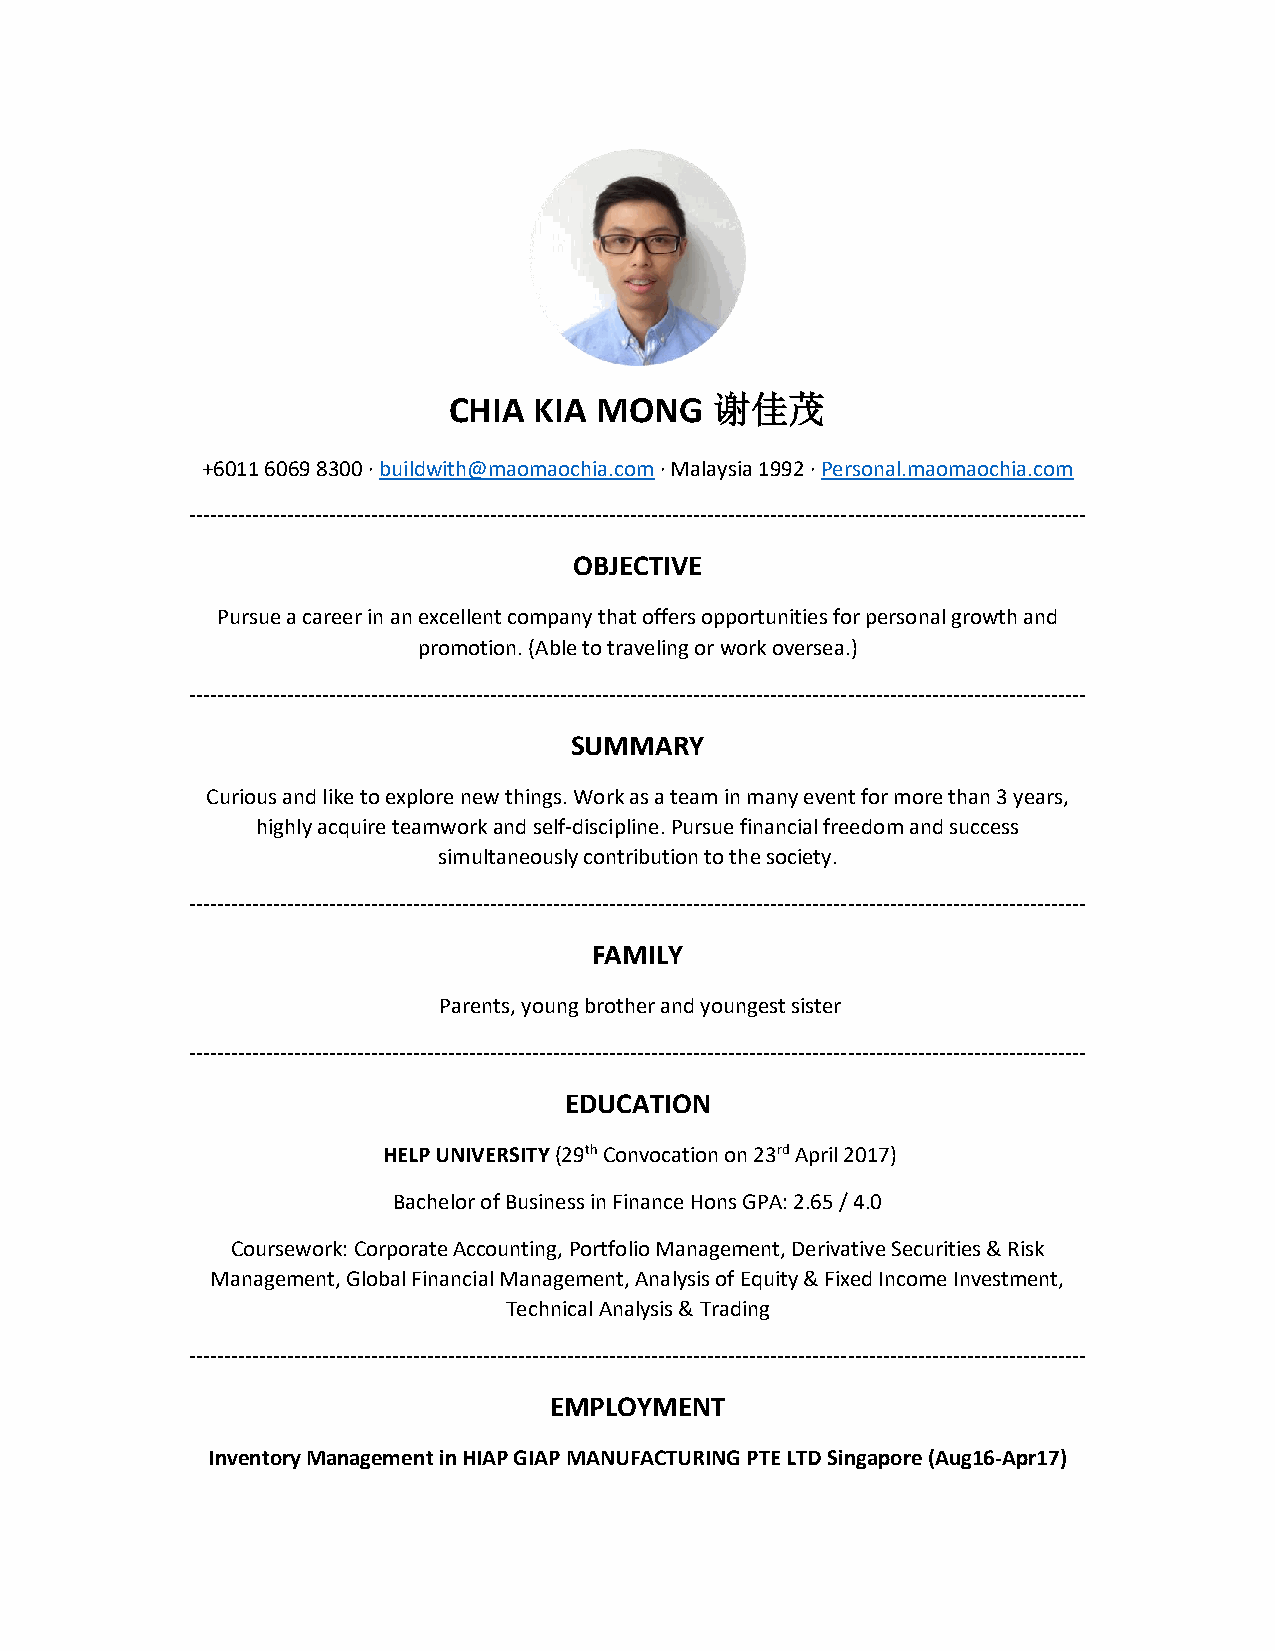
CHIA KIA MONG    谢佳茂
 +6011 6069 8300 · buildwith@maomaochia.com · Malaysia 1992 · Personal.maomaochia.com
 --------------------------------------------------------------------------------------------------------------------------------
 OBJECTIVE
 Pursue a career in an excellent company that offers opportunities for personal growth and
 promotion. (Able to traveling or work oversea.)
 --------------------------------------------------------------------------------------------------------------------------------
 SUMMARY
 Curious and like to explore new things. Work as a team in many event for more than 3 years,
 highly acquire teamwork and self-discipline. Pursue financial freedom and success
 simultaneously contribution to the society.
 --------------------------------------------------------------------------------------------------------------------------------
 FAMILY
 Parents, young brother and youngest sister
 --------------------------------------------------------------------------------------------------------------------------------
 EDUCATION
 HELP UNIVERSITY (29th Convocation on 23rd April 2017)
 Bachelor of Business in Finance Hons GPA: 2.65 / 4.0
 Coursework: Corporate Accounting, Portfolio Management, Derivative Securities & Risk
 Management, Global Financial Management, Analysis of Equity & Fixed Income Investment,
 Technical Analysis & Trading
 --------------------------------------------------------------------------------------------------------------------------------
 EMPLOYMENT
 Inventory Management in HIAP GIAP MANUFACTURING PTE LTD Singapore (Aug16-Apr17)